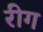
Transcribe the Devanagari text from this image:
रीग